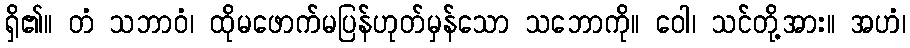
ရှိ၏။ တံ သဘာဝံ၊ ထိုမဖောက်မပြန်ဟုတ်မှန်သော သဘောကို။ ဝေါ၊ သင်တို့အား။ အဟံ၊